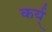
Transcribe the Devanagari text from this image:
कर्य्